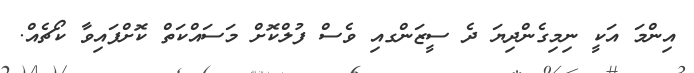
އިންމަ އަކީ ނިމިގެންދިޔަ ދެ ސީޒަންގއި ވެސް ފުލްކޮށް މަސައްކަތް ކޮށްފައިވާ ކޯޗެއް.